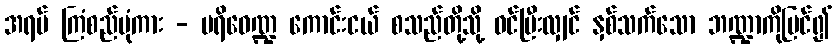
အရပ် ကြံစည်ပုံကား - ပရိဝေဏ္ဍ ကောင်းငယ် စသည်တို့သို့ ဝင်ပြီးလျှင် နှစ်သက်သော ဘဏ္ဍာကိုမြင်၍